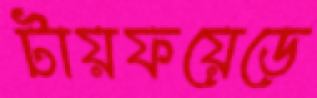
টায়ফয়েডে